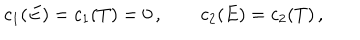
c _ { 1 } ( E ) = c _ { 1 } ( T ) = 0 \, , \qquad c _ { 2 } ( E ) = c _ { 2 } ( T ) \, ,